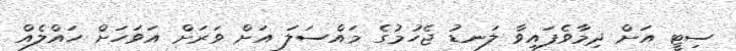
ސިޓީ އަށް ދިމާވެފައިވާ ލަނޑު ޖެހުމުގެ މައްސަލަ އަށް ވަރަށް އަވަހަށް ހައްްލެއް